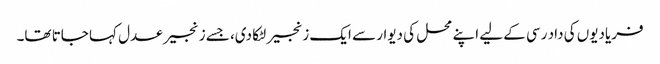
فریادیوں کی داد رسی کے لیے اپنے محل کی دیوار سے ایک زنجیر لٹکا دی، جسے زنجیر عدل کہا جاتا تھا۔